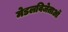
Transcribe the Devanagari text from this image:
मेडलविजेताओं